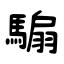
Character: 騸